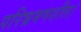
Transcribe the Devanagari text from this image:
परिभ्रमणशील।